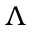
\Lambda